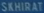
SKHRAF